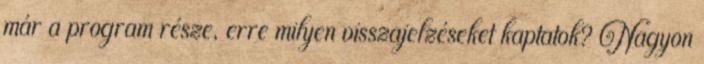
már a program része, erre milyen visszajelzéseket kaptatok? Nagyon